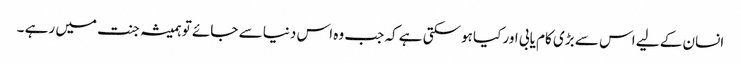
انسان کے لیے اس سے بڑی کام یابی اور کیا ہوسکتی ہے کہ جب وہ اس دنیا سے جائے تو ہمیشہ جنت میں رہے ۔